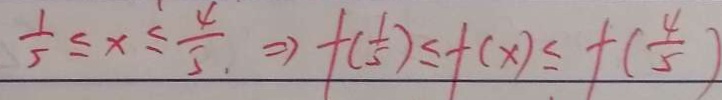
\frac { 1 } { 5 } \leq x \leq \frac { 4 } { 5 } \Rightarrow f ( \frac { 1 } { 5 } ) \leq f ( x ) \leq f ( \frac { 4 } { 5 } )